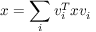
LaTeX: x = \sum _ { i } v _ { i } ^ { T } x v _ { i }